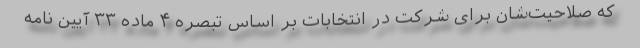
که صلاحیت‌شان برای شرکت در انتخابات بر اساس تبصره ۴ ماده ۳۳ آیین نامه